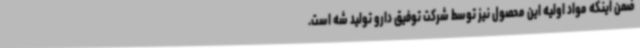
ضمن اینکه مواد اولیه این محصول نیز توسط شرکت توفیق دارو تولید شه است.